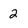
Character: 2